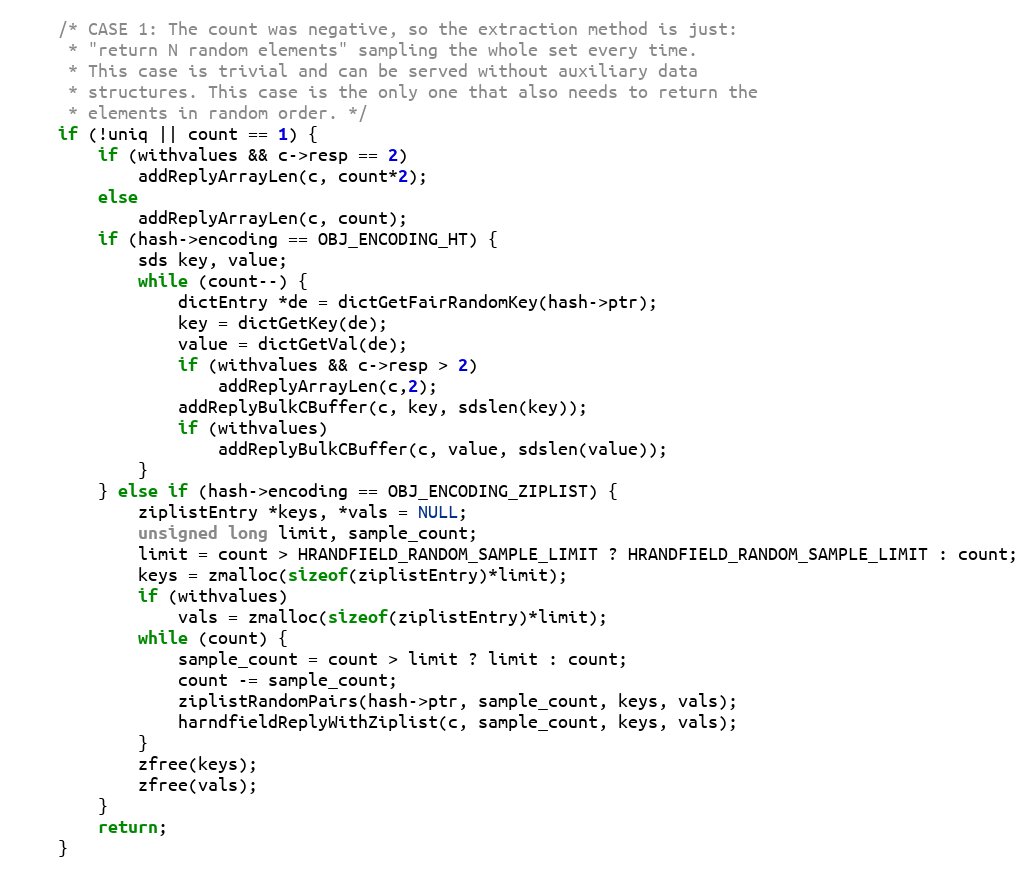
Language: C
    /* CASE 1: The count was negative, so the extraction method is just:
     * "return N random elements" sampling the whole set every time.
     * This case is trivial and can be served without auxiliary data
     * structures. This case is the only one that also needs to return the
     * elements in random order. */
    if (!uniq || count == 1) {
        if (withvalues && c->resp == 2)
            addReplyArrayLen(c, count*2);
        else
            addReplyArrayLen(c, count);
        if (hash->encoding == OBJ_ENCODING_HT) {
            sds key, value;
            while (count--) {
                dictEntry *de = dictGetFairRandomKey(hash->ptr);
                key = dictGetKey(de);
                value = dictGetVal(de);
                if (withvalues && c->resp > 2)
                    addReplyArrayLen(c,2);
                addReplyBulkCBuffer(c, key, sdslen(key));
                if (withvalues)
                    addReplyBulkCBuffer(c, value, sdslen(value));
            }
        } else if (hash->encoding == OBJ_ENCODING_ZIPLIST) {
            ziplistEntry *keys, *vals = NULL;
            unsigned long limit, sample_count;
            limit = count > HRANDFIELD_RANDOM_SAMPLE_LIMIT ? HRANDFIELD_RANDOM_SAMPLE_LIMIT : count;
            keys = zmalloc(sizeof(ziplistEntry)*limit);
            if (withvalues)
                vals = zmalloc(sizeof(ziplistEntry)*limit);
            while (count) {
                sample_count = count > limit ? limit : count;
                count -= sample_count;
                ziplistRandomPairs(hash->ptr, sample_count, keys, vals);
                harndfieldReplyWithZiplist(c, sample_count, keys, vals);
            }
            zfree(keys);
            zfree(vals);
        }
        return;
    }